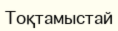
Тоқтамыстай